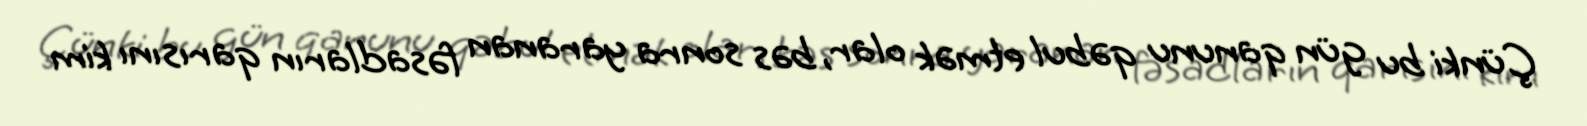
Çünki bu gün qanunu qəbul etmək olar, bəs sonra yaranan fəsadların qarısını kim